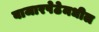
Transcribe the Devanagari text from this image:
बाजारपेठेमधील